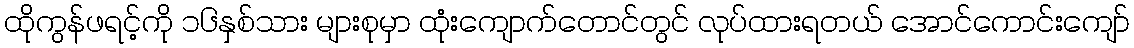
ထိုကွန်ဖရင့်ကို ၁၆နှစ်သား များစုမှာ ထုံးကျောက်တောင်တွင် လုပ်ထားရတယ် အောင်ကောင်းကျော်